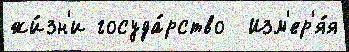
жи́зн'и госуда́рство  Изм'ер'я́я